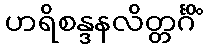
ဟရိစန္ဒနလိတ္တင်္ဂိံ